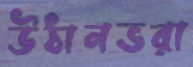
উঠানভরা